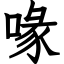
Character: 喙